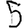
Digit: 5